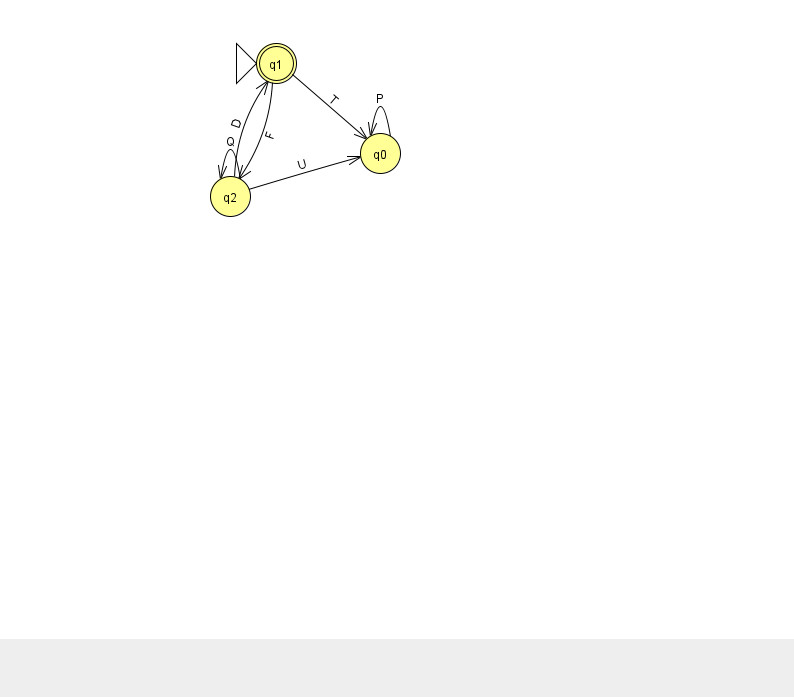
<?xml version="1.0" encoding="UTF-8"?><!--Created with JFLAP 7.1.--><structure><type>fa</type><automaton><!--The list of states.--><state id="0" name="q0"><x>380.0</x><y>140.0</y></state><state id="1" name="q1"><x>276.0</x><y>50.0</y><initial/><final/></state><state id="2" name="q2"><x>230.0</x><y>183.0</y></state><!--The list of transitions.--><transition><from>0</from><to>0</to><read>P</read></transition><transition><from>2</from><to>2</to><read>Q</read></transition><transition><from>1</from><to>0</to><read>T</read></transition><transition><from>2</from><to>1</to><read>D</read></transition><transition><from>2</from><to>0</to><read>U</read></transition><transition><from>1</from><to>2</to><read>F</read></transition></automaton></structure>